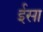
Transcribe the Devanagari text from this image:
र्इसा